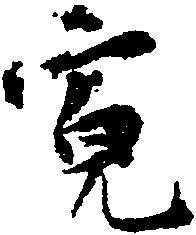
寛